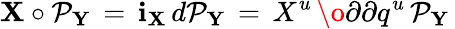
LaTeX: {\mathbf X}\circ{\cal P}_{\mathbf Y}\, =\, {\mathbf i}_{\mathbf X}\, d{\cal P}_{\mathbf Y}\, =\, X^{u}\, {\o{\partial}{\partial q^{u}}}\, {\cal P}_{\mathbf Y}\,